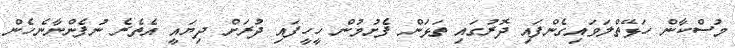
މުސްކާން ހަޅޭތްލަވައިގެންފައި ދޮރުގައި ތަޅަން ފެށުމުން ހީހީފައި ދުރަށް ދިޔައީ އެތެރެ ނުފެންނާނެހެން